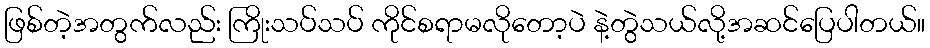
ဖြစ်တဲ့အတွက်လည်း ကြိုးသပ်သပ် ကိုင်စရာမလိုတော့ပဲ နဲ့တွဲသယ်လို့အဆင်ပြေပါတယ်။